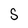
Character: S